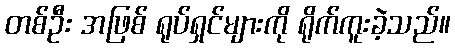
တစ်ဦး အဖြစ် ရုပ်ရှင်များကို ရိုက်ကူးခဲ့သည်။